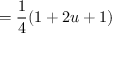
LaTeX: = { \frac { 1 } { 4 } } ( 1 + 2 u + 1 )